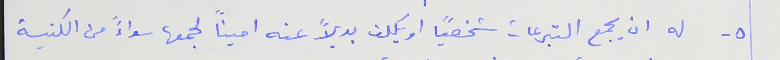
٥- له ان يجمع التبرعات شخصياً او يكلف بديلاً عنه اميناً لجمعها سواءً من الكنيسة